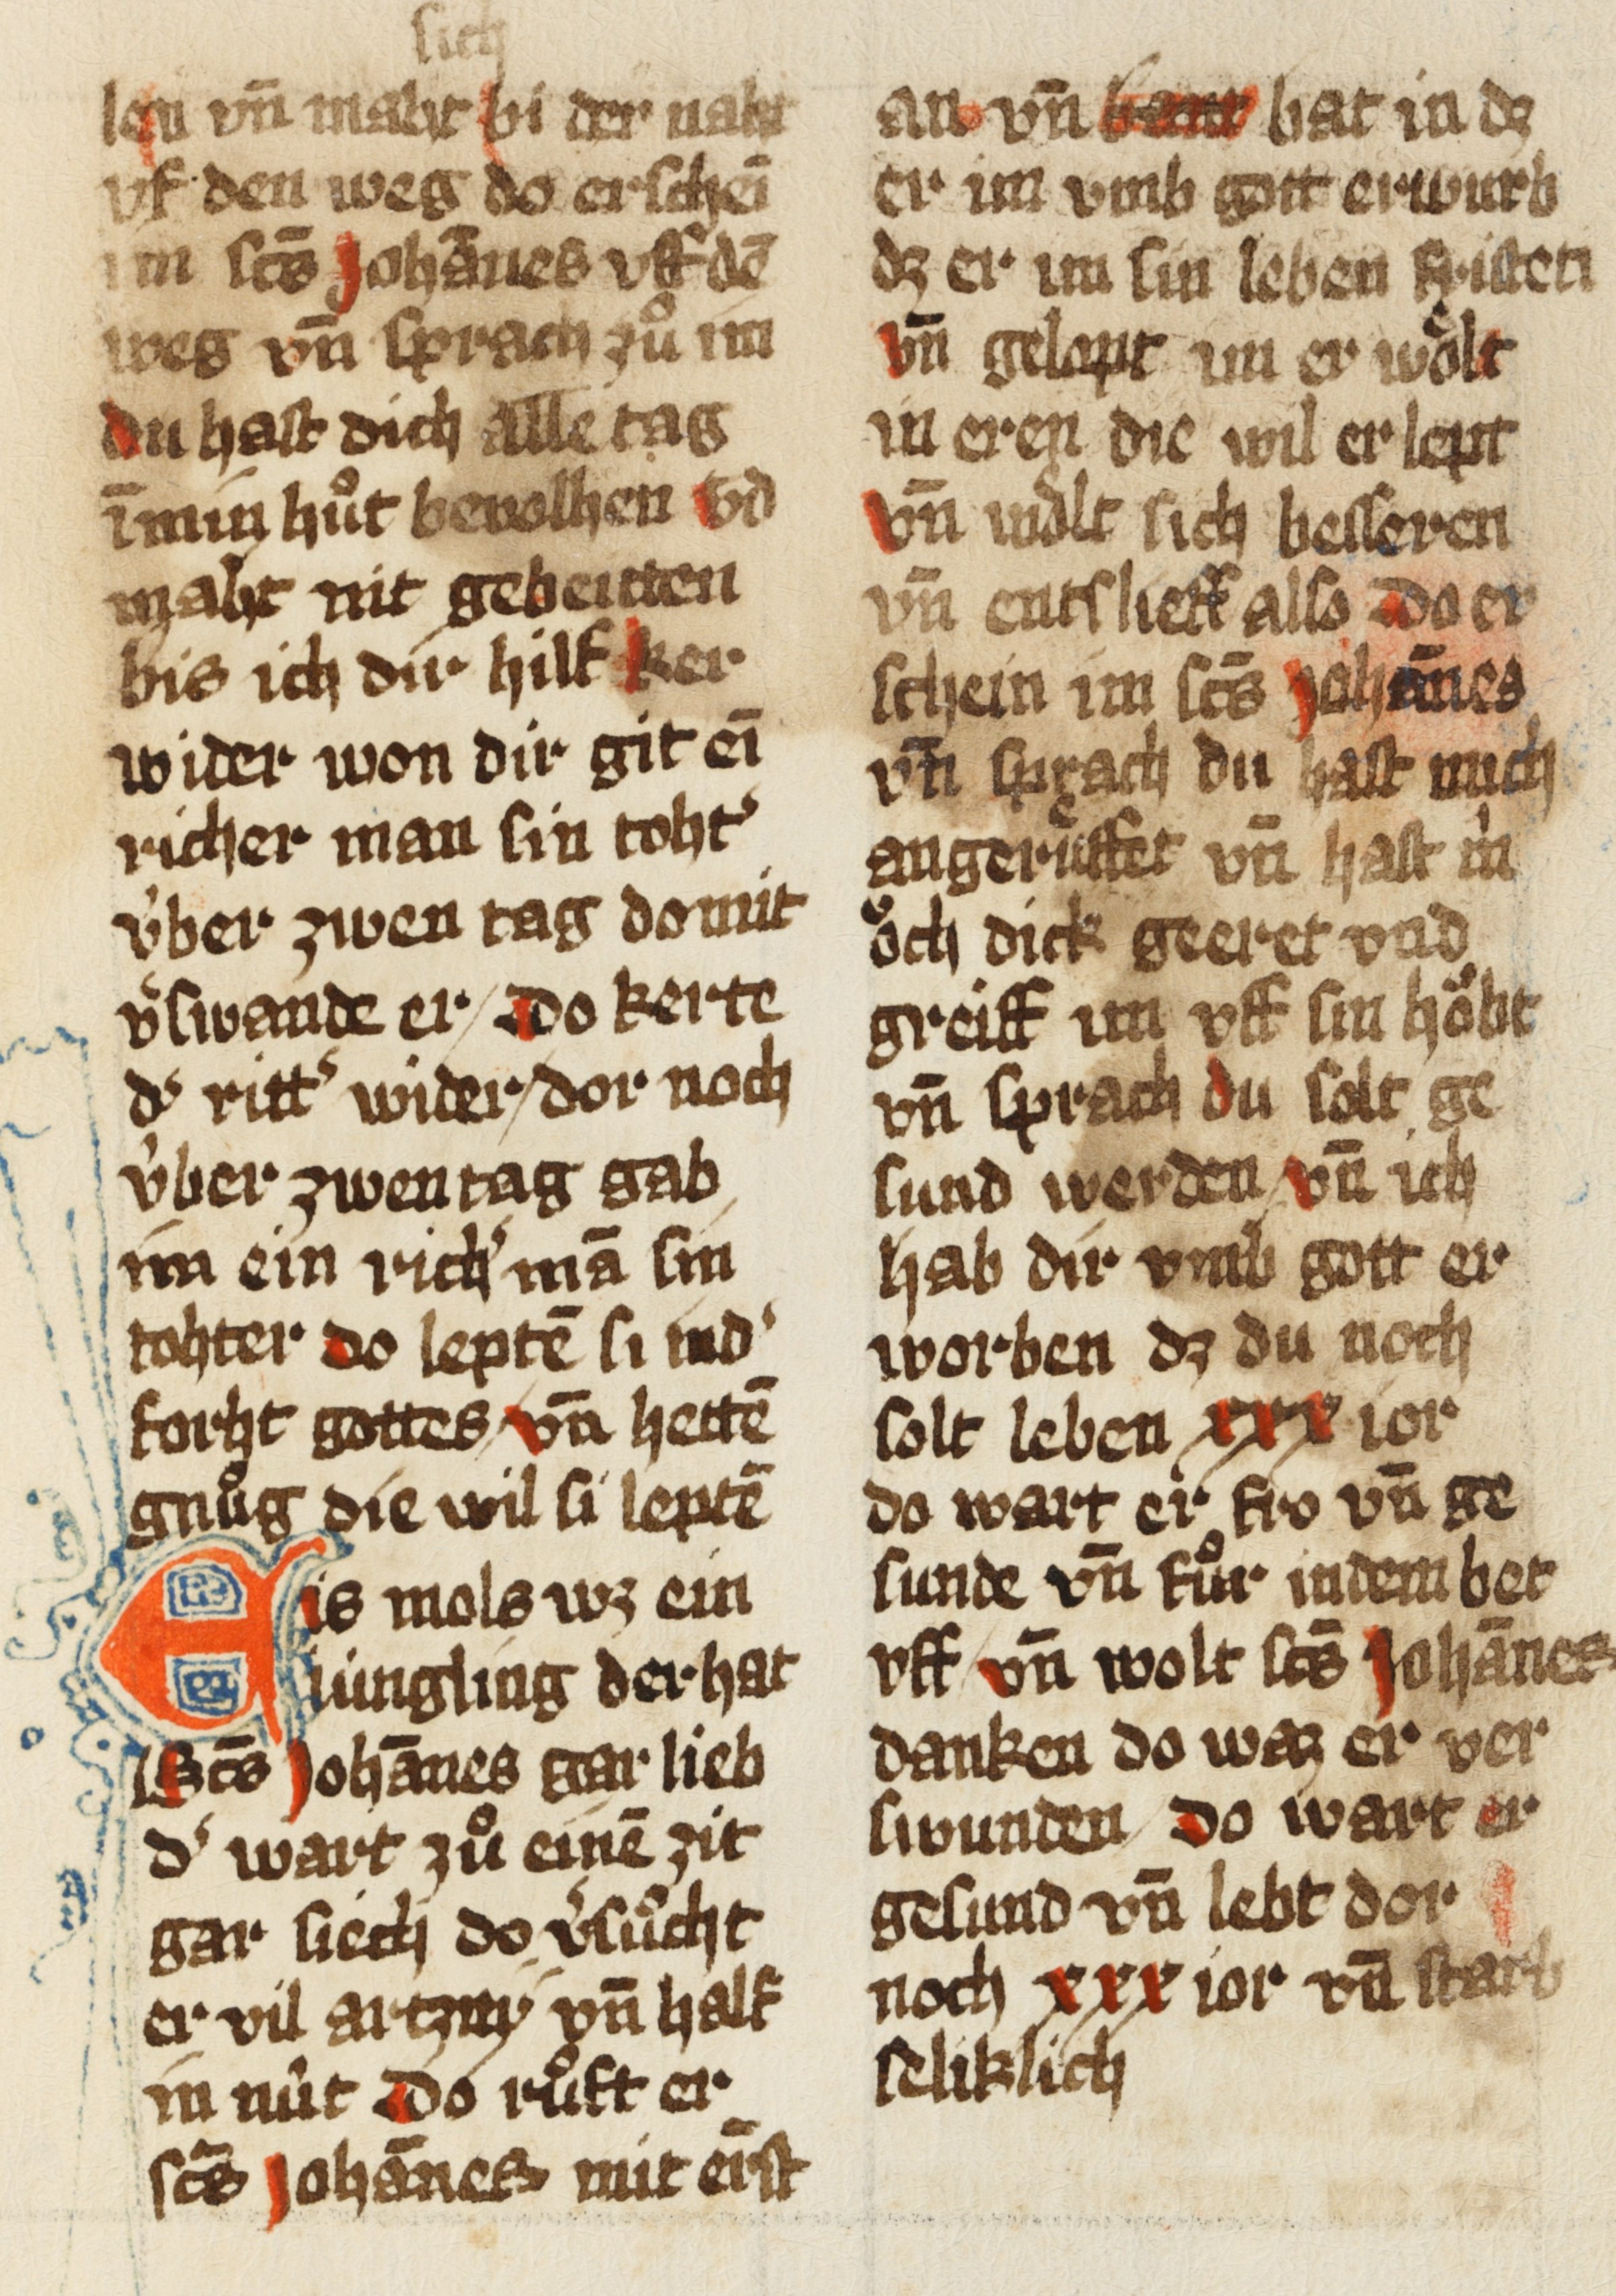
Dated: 1493–1493